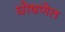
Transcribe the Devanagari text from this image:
घोषणेत